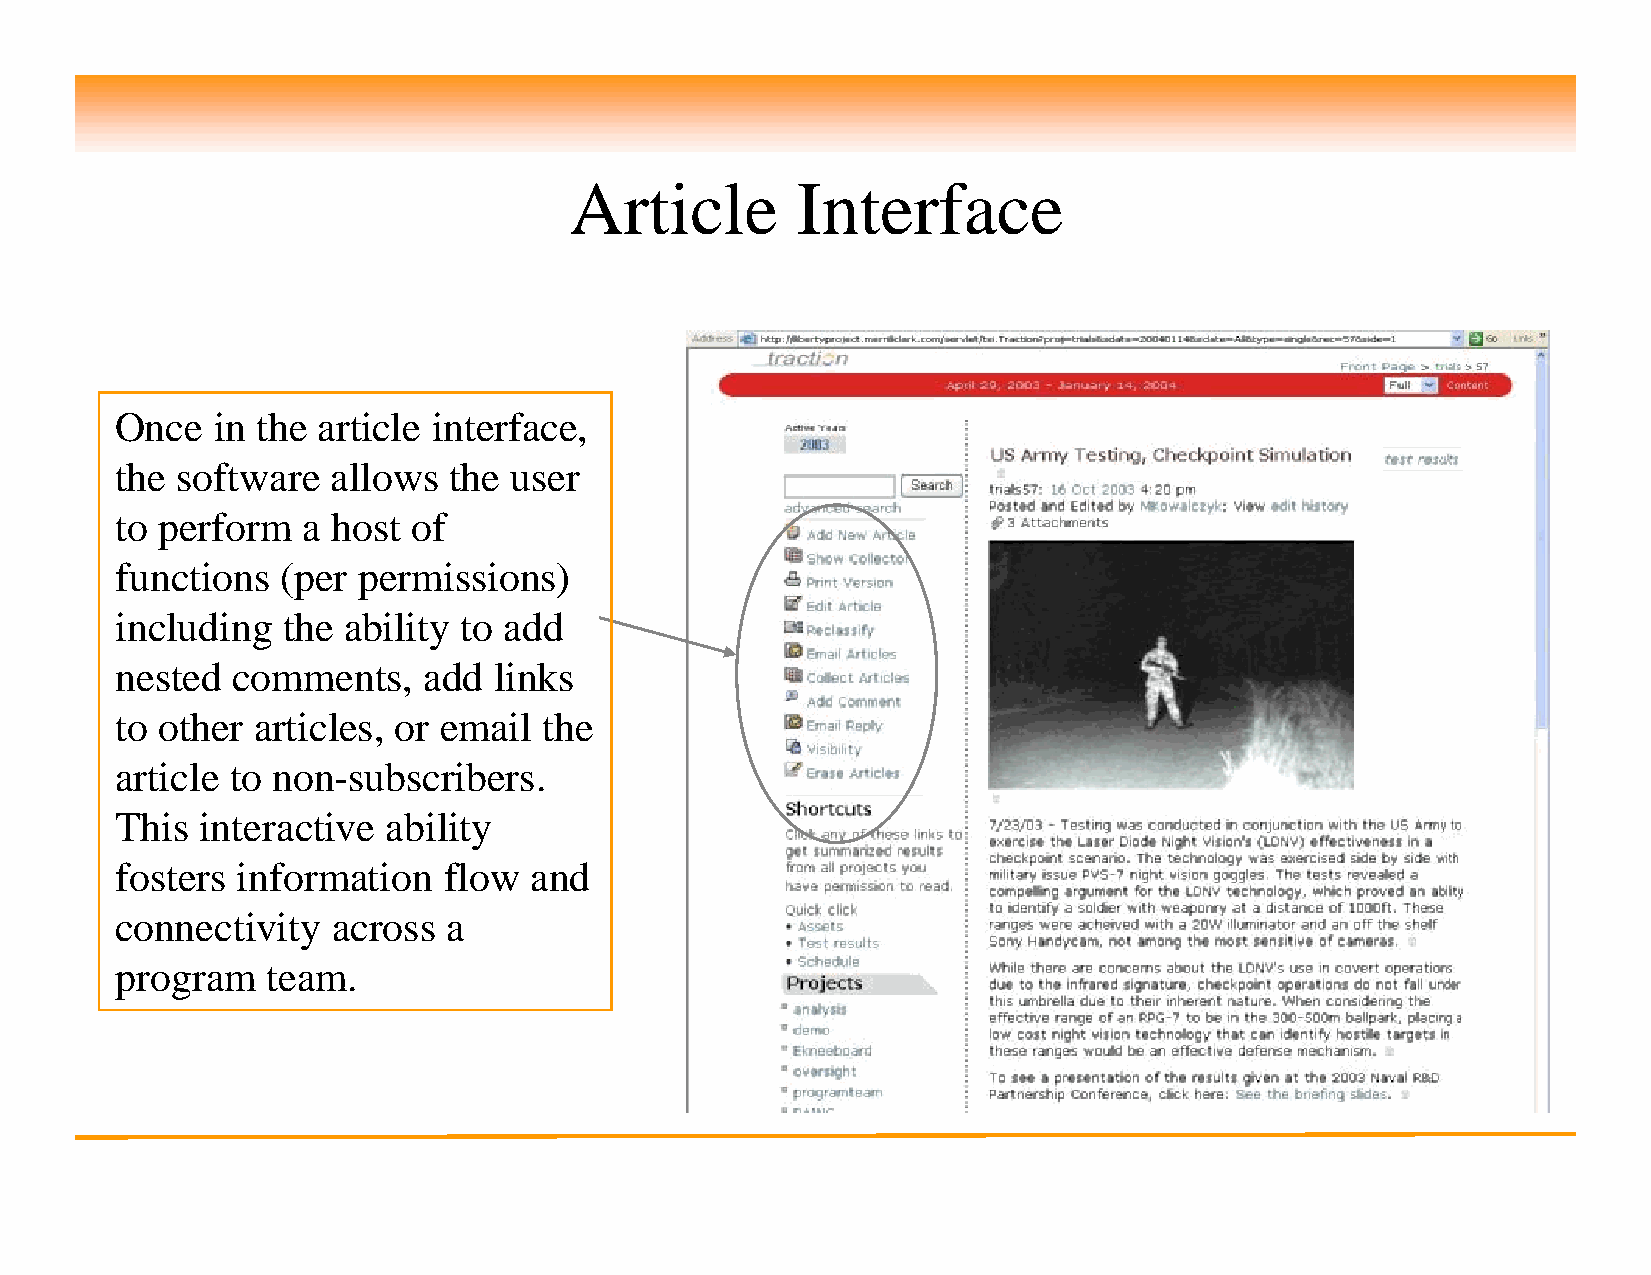
Article        Interface
 Once  in the article interface,
 the software  allows  the user
 to perform  a host of
 functions  (per permissions)
 including  the ability to add
 nested comments,    add  links
 to other articles, or email the
 article to non-subscribers.
 This interactive  ability
 fosters information  flow  and
 connectivity  across  a
 program   team.